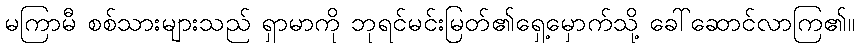
မကြာမီ စစ်သားများသည် ရှာမာကို ဘုရင်မင်းမြတ်၏ရှေ့မှောက်သို့ ခေါ်ဆောင်လာကြ၏။